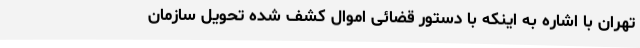
تهران با اشاره به اینکه با دستور قضائی اموال کشف شده تحویل سازمان